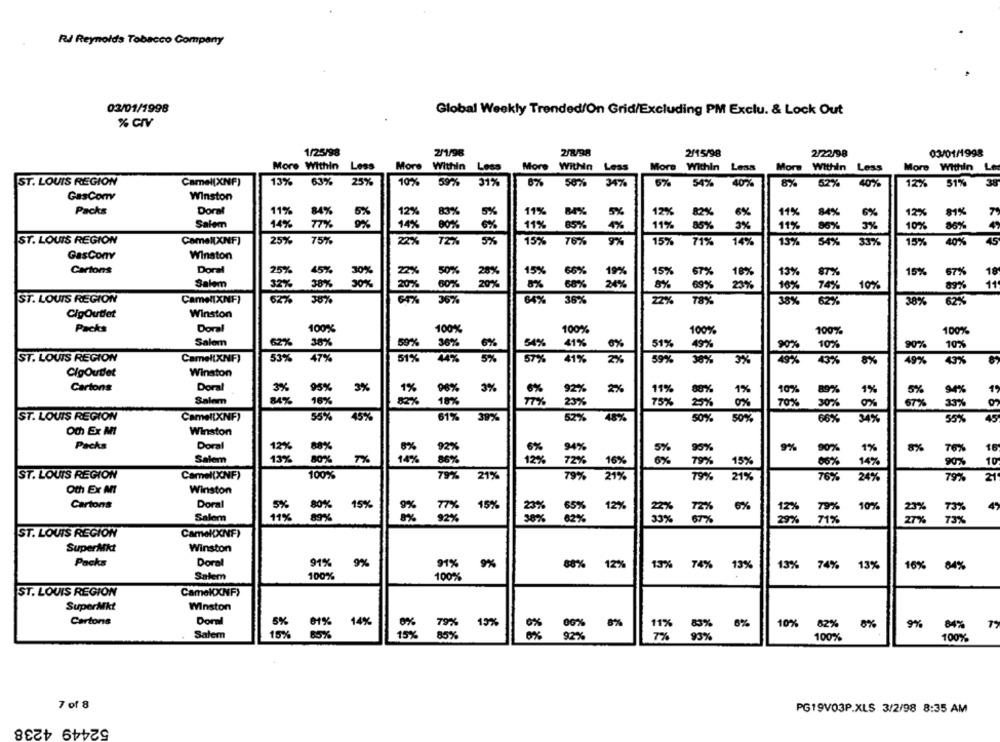
RJ Reynolds Tobacco Company
02/01/1998
Global Weekly Trended/On Grid/Excluding PM Exclu. & Lock Out
1/25/98
2/1/98
2/8/98
2/15/98
2/22/98
0:3/01/1998
More Within Less
More Within Less
More Within Less
More Within Less
More Within Less
More Within Le
ST. LOUIS REGION
Camel(XNF)
13%
63%
25%
10%
59%
31%
6%
50%
34%
5%
54%
40%
8%
52% 40%
12% 51% 38
GasCom
Winston
Packs
Doral
11%
84%
5%
12%
83%
5%
11%
5%
12%
82%
6%
11%
84%
6%
12%
M%
7
14%
11%
Salem
77%
14%
00%
6%
85%
4%
11%
85%
3%
11%
80%
3%
10%
86%
ST. LOUIS REGION
Camel[XNF)
25%
75%
22%
72%
5%
15%
76%
15%
71%
14%
15%
54%
33%
15%
40%
45
GasConv
Winston
Cartons
Doral
25%
45%
30%
50%
28%
15%
66%
15%
67%
18%
13%
87%
15%
67%
18
30%
20%
19%
24%
Salem
32%
38%
80%
8%
68%
8%
69%
23%
16%
74%
10%
89%
11
ST. LOUIS REGION
CamelIxNF)
36%
64%
36%
78%
35%
38%
CigOutlet
Winston
Packs
Doral
100%
100%
100%
100%
100%
100%
Salem
62%
38%
50%
36%
6%
54%
41%
6%
51%
90%
10%
90%
10%
ST. LOUIS REGION
Camel[XNF)
53%
47%
51%
44%
5%
57%
41%
2%
59%
38%
5%
49%
43%
5%
49%
43%
ClgOudet
Winston
Cartons
Doral
3%
95%
3%
3%
6%
92%
2%
11%
80%
1%
10%
80%
1%
5%
94%
1
Salom
84%
16%
18%
23%
75%
25%
0%
70%
30%
0%
57%
33%
ST. LOUIS REGION
Camel(XNF)
55%
45%
61%
39%
52%
48%
50%
50%
66%
34%
55%
45
Oth Ex MI
Winston
Packs
Doral
12%
80%
92%
94%
90%
9%
90%
1%
8%
76%
16
Salem
13%
80%
7%
14%
72%
79%
15%
86%
12%
16%
14%
90%
10
ST. LOUIS REGION
100%
Camel(XNF)
79%
21%
79%
21%
79%
21%
76%
24%
79%
Oth Ex MI
Winston
Doral
5%
15%
Cartons
80%
9%
77%
15%
23%
65%
12%
6%
10%
739
Salem
11%
92%
38%
62%
73%
ST. LOUIS REGION
CamekXNF)
SuperMit
Winston
Packs
Doral
91%
9%
91%
88%
12%
13%
74%
13%
13% 74%
13%
16%
9%
84%
Salem
100%
100%
ST. LOUIS REGION
CameKXNF>
SuperMkt
Winston
Cartons
Doral
5%
61% 14%
8%
6%
8%
79% 15%
10% 82%
9%
84%
Salem
15%
85%
15% 85%
92%
100%
100%
7 of 8
PG19V03P.XLS 3/2/98 8:35 AM
52449 4238